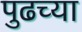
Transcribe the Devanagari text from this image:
पुढच्‍या